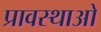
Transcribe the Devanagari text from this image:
प्रावस्थाओ